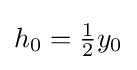
h_{0}={\tfrac {1}{2}}y_{0}